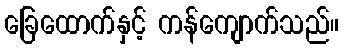
ခြေထောက်နှင့် ကန်ကျောက်သည်။